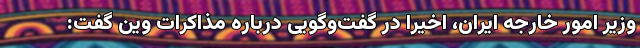
وزیر امور خارجه ایران، اخیرا در گفت‌وگویی درباره مذاکرات وین گفت: